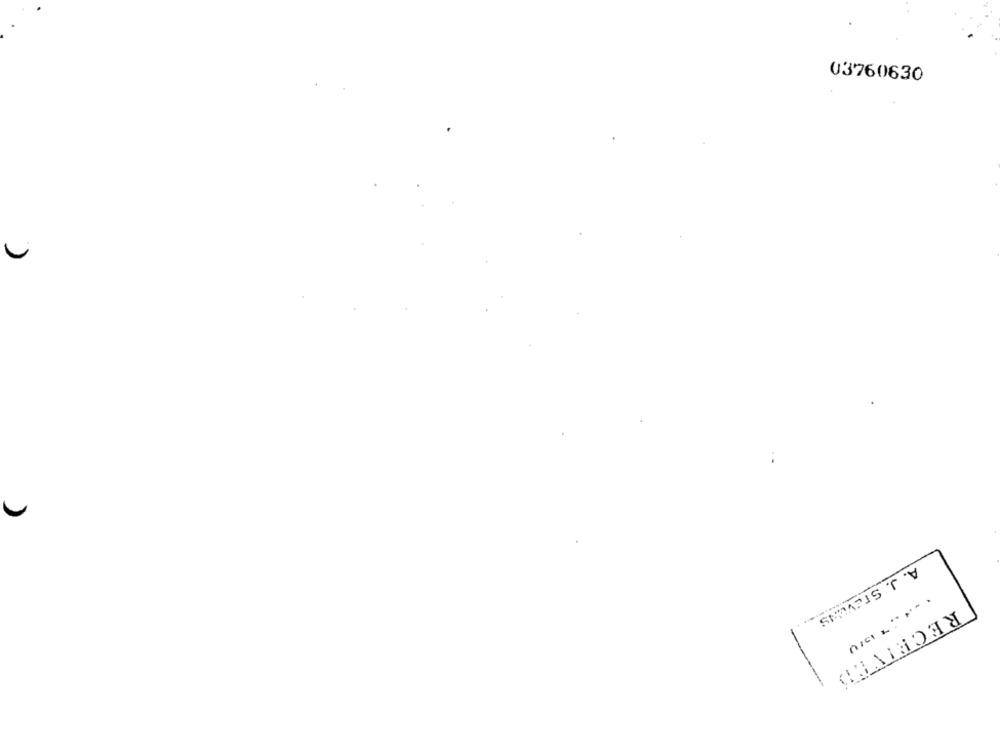
03760630
A. J. STEVENS